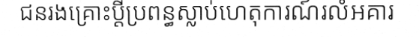
ជនរងគ្រោះប្តីប្រពន្ធស្លាប់ហេតុការណ៍រលំអគារ